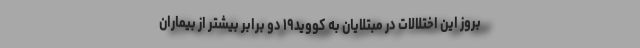
بروز این اختلالات در مبتلایان به کووید۱۹ دو برابر بیشتر از بیماران